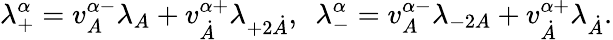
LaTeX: \lambda_{+}^{\alpha}=v_{A}^{\alpha-}\lambda_{A}+v_{\dot{A}}^{\alpha+}\lambda_{+2\dot{A}},\ \ \lambda_{-}^{\alpha}=v_{A}^{\alpha-}\lambda_{-2A}+v_{\dot{A}}^{\alpha+}\lambda_{\dot{A}}.